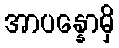
အာပန္နောမှိ